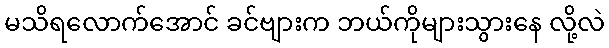
မသိရလောက်အောင် ခင်ဗျားက ဘယ်ကိုများသွားနေ လို့လဲ